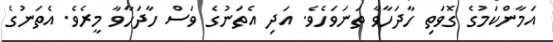
އަމާންކަމުގެ ގޮވަތި ހާދަހާވާ ތަނަވަހެވެ. އަދި އެތަނުގެ ވަސް ހާދަހާވާ މީރެވެ. އެތަނުގެ